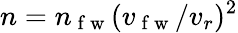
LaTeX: n=n_{\mathrm{~f~w~}}(v_{\mathrm{~f~w~}}/v_{r})^{2}